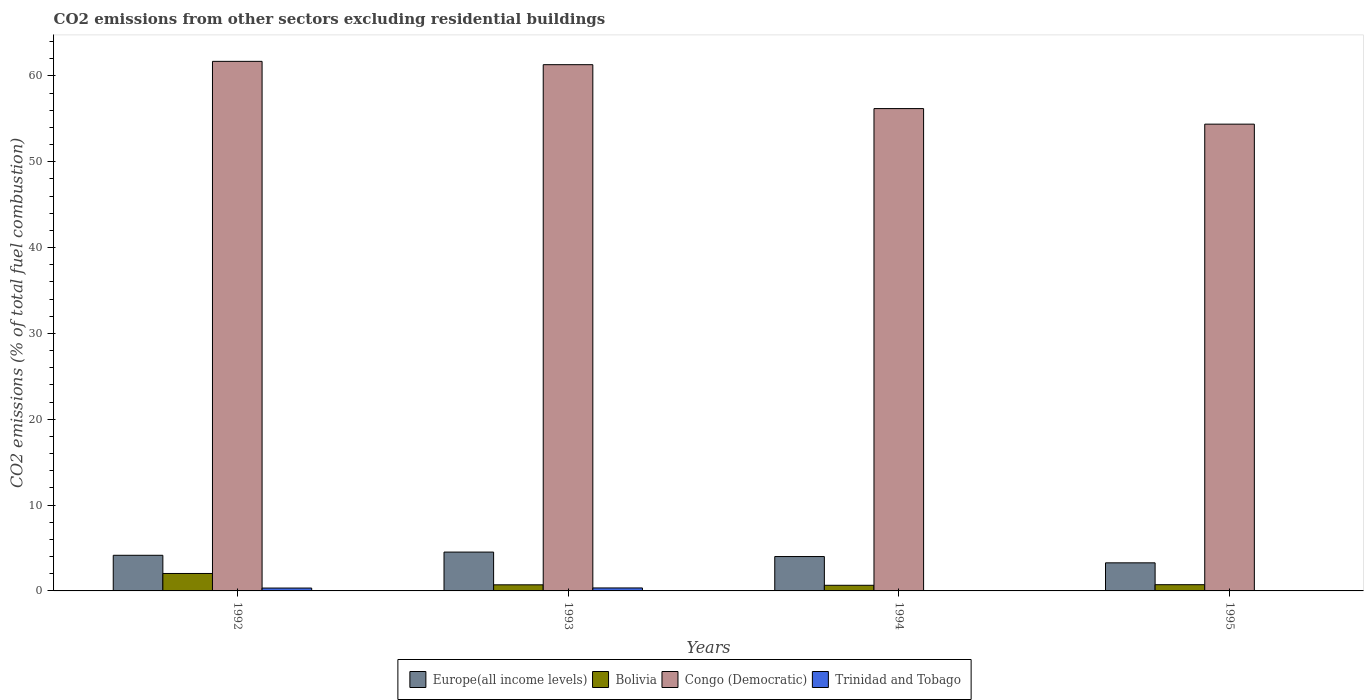
| Years | Europe(all income levels) | Bolivia | Congo (Democratic) | Trinidad and Tobago |
 | --- | --- | --- | --- | --- |
 | 1992 | 4.15 | 2.03 | 61.7 | 0.334 |
 | 1993 | 4.52 | 0.712 | 61.3 | 0.346 |
 | 1994 | 4.01 | 0.656 | 56.2 | -1.14e-16 |
 | 1995 | 3.27 | 0.726 | 54.4 | -1.13e-16 |